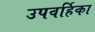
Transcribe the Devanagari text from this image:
उपवर्हिका